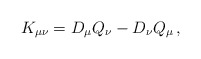
\begin{align*}K_{\mu\nu} = D_{\mu}Q_{\nu} - D_{\nu}Q_{\mu}\,,\end{align*}